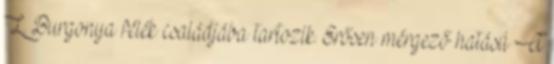
L. Burgonya félék családjába tartozik. Erősen mérgező hatású A